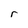
Character: r